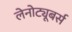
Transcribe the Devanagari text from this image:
लेनोट्यूबर्स